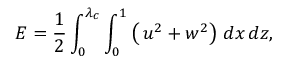
E = \frac { 1 } { 2 } \int _ { 0 } ^ { \lambda _ { c } } \int _ { 0 } ^ { 1 } \left( \, u ^ { 2 } + w ^ { 2 } \right) \, d x \, d z ,